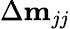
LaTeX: \Delta\mathbf{m}_{jj}